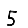
Digit: 5